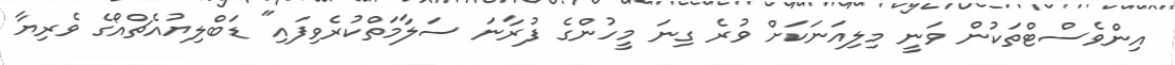
އިންވެސްޓްތަކުން ވަނީ މިލިއަނަކަށް ވުރެ ގިނަ މީހުންގެ ފުރާނަ ސަލާމަތްކުރެވިފައި" ޑަބްލިޔުއެޗްއޯގެ ވެރިޔާ